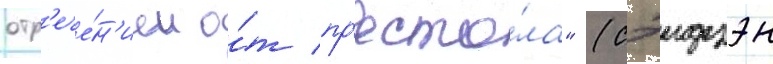
отр'ече́н'ием о́т пр'есто́ла" (сэидзэн